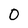
Character: 0